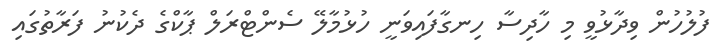
ފުލުހުން ވިދާޅުވީ މި ހާދިސާ ހިނގާފައިވަނީ ހުޅުމާލޭ ސެންޓްރަލް ޕާކްގެ ދެކުނު ފަރާތުގައި